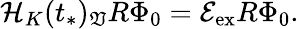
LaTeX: \mathcal{H}_{K}(t_{*})_{\mathfrak{V}}R\Phi_{0}=\mathcal{E}_{\mathrm{ex}}R\Phi_{0}.